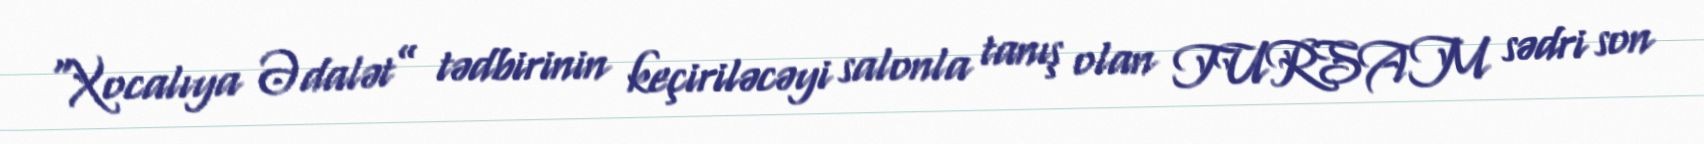
“Xocalıya Ədalət” tədbirinin keçiriləcəyi salonla tanış olan TURSAM sədri son